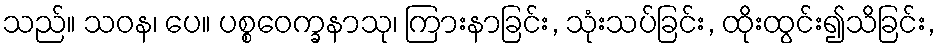
သည်။ သဝန၊ ပေ။ ပစ္စဝေက္ခနာသု၊ ကြားနာခြင်း, သုံးသပ်ခြင်း, ထိုးထွင်း၍သိခြင်း,